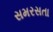
સમરસતા